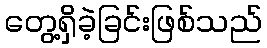
တွေ့ရှိခဲ့ခြင်းဖြစ်သည်